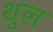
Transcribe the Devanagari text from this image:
थुल